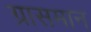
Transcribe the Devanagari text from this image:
ग्रासमान